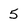
Character: 5